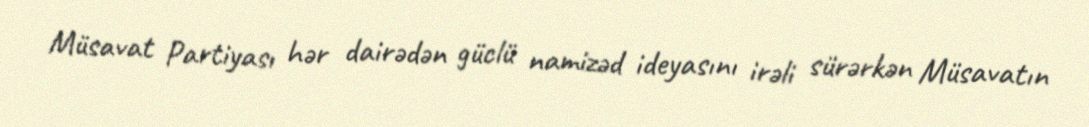
Müsavat Partiyası hər dairədən güclü namizəd ideyasını irəli sürərkən Müsavatın